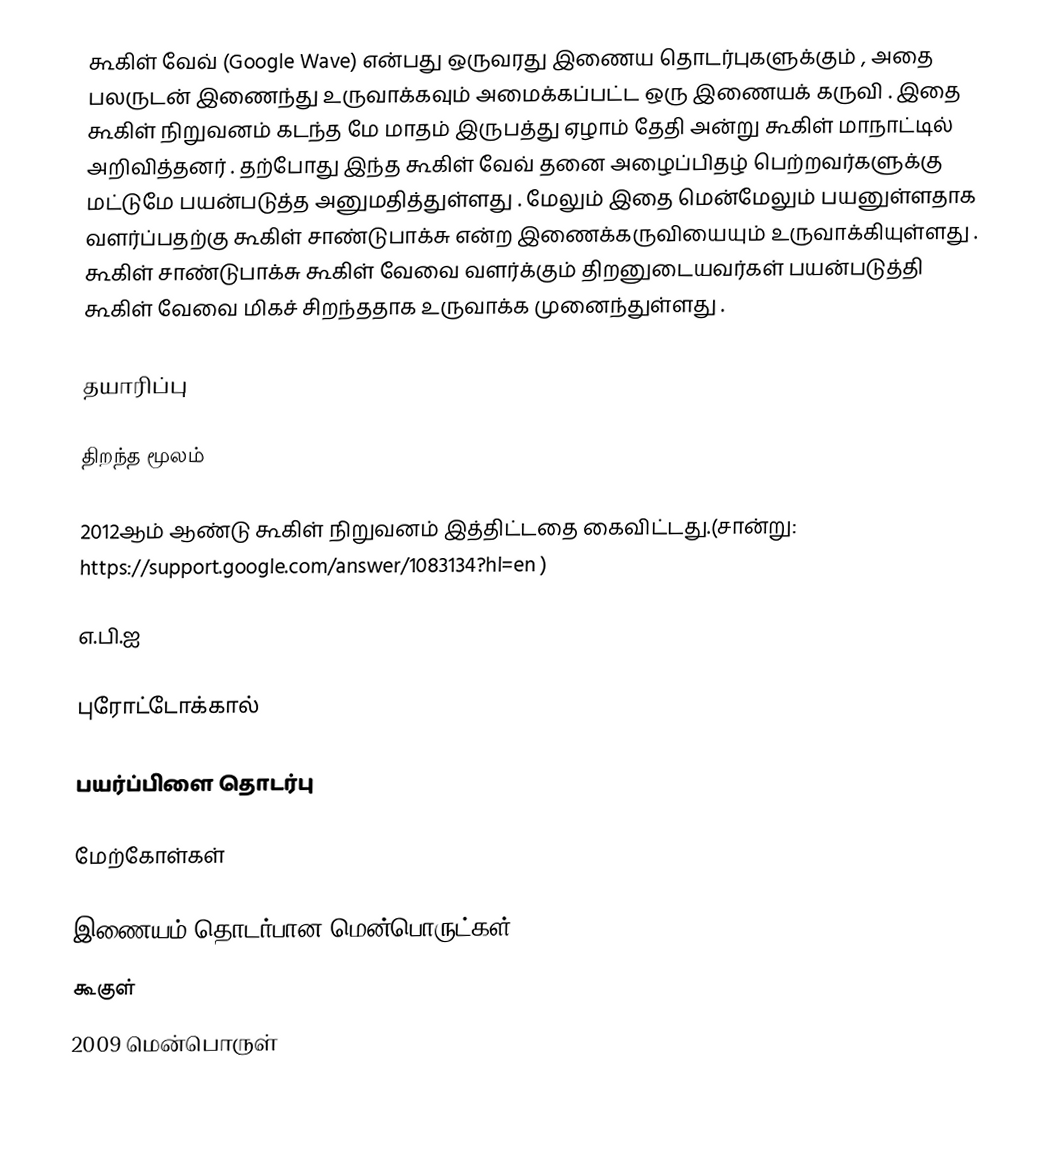
கூகிள் வேவ் (Google Wave) என்பது ஒருவரது இணைய தொடர்புகளுக்கும் , அதை பலருடன் இணைந்து உருவாக்கவும் அமைக்கப்பட்ட ஒரு இணையக் கருவி . இதை கூகிள் நிறுவனம் கடந்த மே மாதம் இருபத்து ஏழாம் தேதி அன்று கூகிள் மாநாட்டில் அறிவித்தனர் . தற்போது இந்த கூகிள் வேவ் தனை அழைப்பிதழ் பெற்றவர்களுக்கு மட்டுமே பயன்படுத்த அனுமதித்துள்ளது . மேலும் இதை மென்மேலும் பயனுள்ளதாக வளர்ப்பதற்கு கூகிள் சாண்டுபாக்சு என்ற இணைக்கருவியையும் உருவாக்கியுள்ளது . கூகிள் சாண்டுபாக்சு கூகிள் வேவை வளர்க்கும் திறனுடையவர்கள் பயன்படுத்தி கூகிள் வேவை மிகச் சிறந்ததாக உருவாக்க முனைந்துள்ளது .

தயாரிப்பு

திறந்த மூலம்

2012ஆம் ஆண்டு கூகிள் நிறுவனம் இத்திட்டதை கைவிட்டது.(சான்று: https://support.google.com/answer/1083134?hl=en )

எ.பி.ஐ

புரோட்டோக்கால்

பயர்ப்பிளை தொடர்பு

மேற்கோள்கள்

இணையம் தொடர்பான மென்பொருட்கள்
கூகுள்
2009 மென்பொருள்